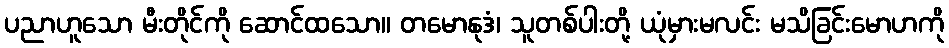
ပညာဟူသော မီးတိုင်ကို ဆောင်ထသော။ တမောနုဒံ၊ သူတစ်ပါးတို့ ယုံမှားမလင်း မသိခြင်းမောဟကို